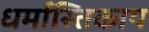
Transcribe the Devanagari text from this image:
धर्मास्तिकाय